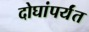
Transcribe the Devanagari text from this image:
दोघांपर्यंत